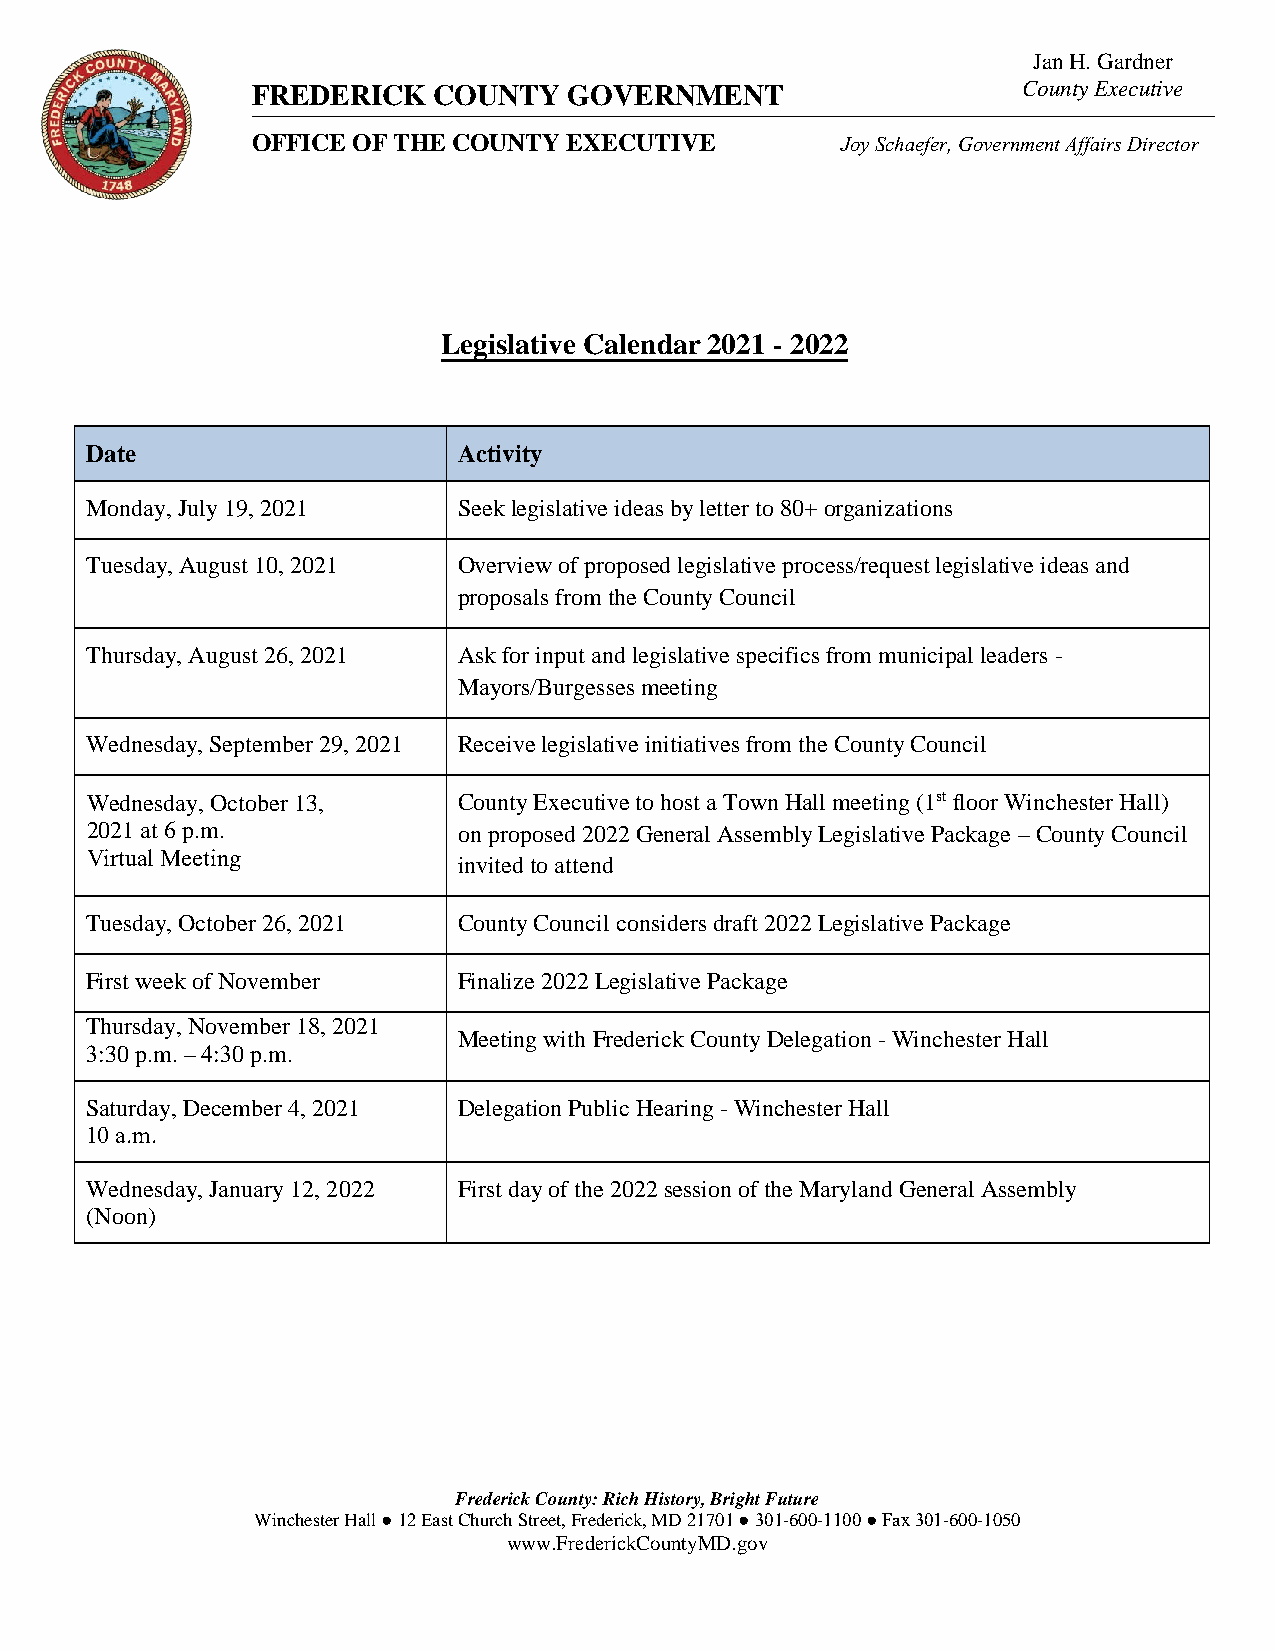
Jan H. Gardner
 FREDERICK   COUNTY   GOVERNMENT                    County Executive
 OFFICE OF THE COUNTY EXECUTIVE         Joy Schaefer, Government Affairs Director
 Legislative Calendar 2021 - 2022
 Date                    Activity
 Monday, July 19, 2021   Seek legislative ideas by letter to 80+ organizations
 Tuesday, August 10, 2021 Overview of proposed legislative process/request legislative ideas and
 proposals from the County Council
 Thursday, August 26, 2021 Ask for input and legislative specifics from municipal leaders -
 Mayors/Burgesses meeting
 Wednesday, September 29, 2021 Receive legislative initiatives from the County Council
 Wednesday, October 13,  County Executive to host a Town Hall meeting (1st floor Winchester Hall)
 2021 at 6 p.m.          on proposed 2022 General Assembly Legislative Package – County Council
 Virtual Meeting         invited to attend
 Tuesday, October 26, 2021 County Council considers draft 2022 Legislative Package
 First week of November  Finalize 2022 Legislative Package
 Thursday, November 18, 2021
 Meeting with Frederick County Delegation - Winchester Hall
 3:30 p.m. – 4:30 p.m.
 Saturday, December 4, 2021 Delegation Public Hearing - Winchester Hall
 10 a.m.
 Wednesday, January 12, 2022 First day of the 2022 session of the Maryland General Assembly
 (Noon)
 Frederick County: Rich History, Bright Future
 Winchester Hall ● 12 East Church Street, Frederick, MD 21701 ● 301-600-1100 ● Fax 301-600-1050
 www.FrederickCountyMD.gov